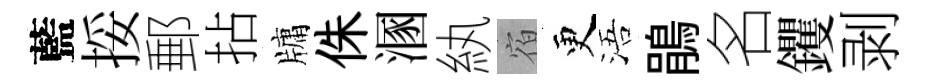
藍挼郵拈牗侏溷紈宿更浯鵑名钁剥